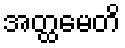
အတ္ထမေတိ